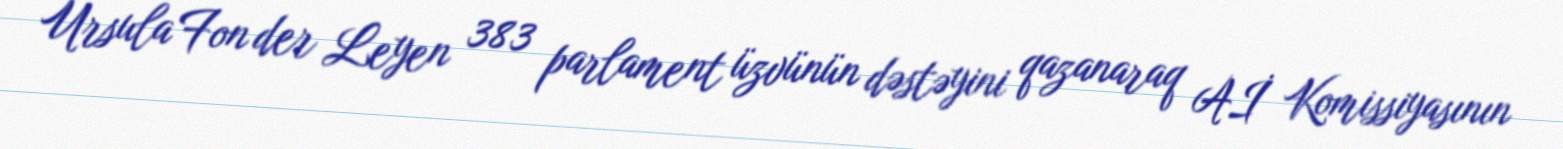
Ursula Fon der Leyen 383 parlament üzvünün dəstəyini qazanaraq Aİ Komissiyasının